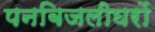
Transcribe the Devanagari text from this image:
पनबिजलीघरों